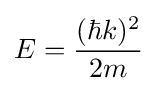
E={\frac {(\hbar k)^{2}}{2m}}